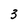
Character: 3